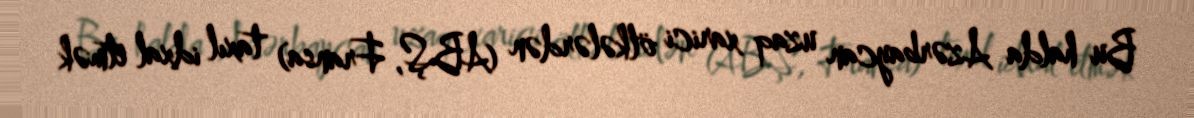
Bu halda Azərbaycan uzaq xarici ölkələrdən (ABŞ, Fransa) taxıl idxal etmək